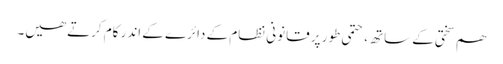
ھم سختی کے ساتھ، حتمی طور پر قانونی نظام کے دائرے کے اندر کام کرتے ھیں۔